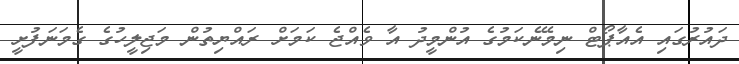
ދައުރުގައި އެއާޕޯޓް ނިމޭނެކަމުގެ އުންމީދު އާ ވެއްޖެ ކަމަށް ރައްޔިތުން މަޖިލީހުގެ ގެމަނަފުށީ